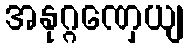
အနုဂ္ဂဏှေယျ